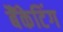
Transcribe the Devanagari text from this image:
बैंकेटिंग